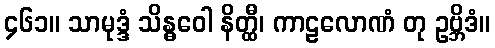
၄၆၁။ သာမုဒ္ဒံ သိန္ဓဝေါ နိတ္ထီ၊ ကာဠလောဏံ တု ဥဗ္ဘိဒံ။